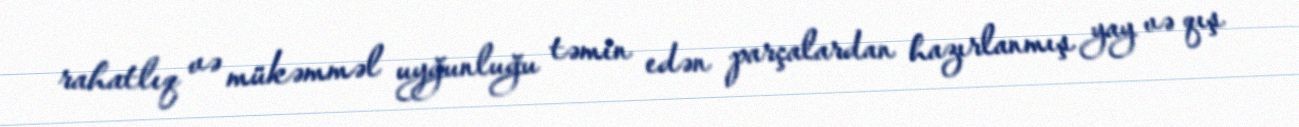
rahatlıq və mükəmməl uyğunluğu təmin edən parçalardan hazırlanmış yay və qış